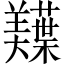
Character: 𫅠